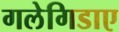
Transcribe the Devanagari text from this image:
गलेगिडाए